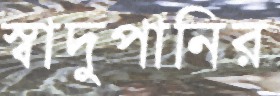
স্বাদুপানির